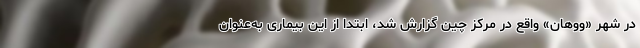
در شهر «ووهان» واقع در مرکز چین گزارش شد، ابتدا از این بیماری به‌عنوان